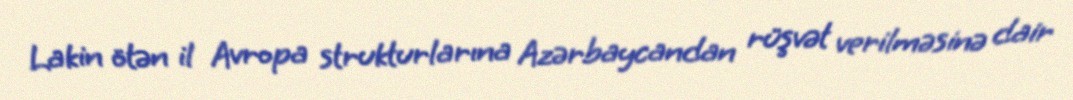
Lakin ötən il Avropa strukturlarına Azərbaycandan rüşvət verilməsinə dair